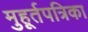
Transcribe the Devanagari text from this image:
मुहूर्तपत्रिका